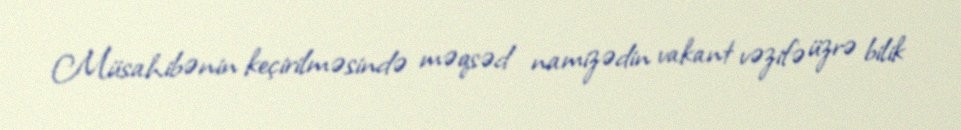
Müsahibənin keçirilməsində məqsəd namizədin vakant vəzifə üzrə bilik